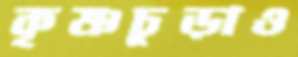
কৃষ্ণচূড়াও